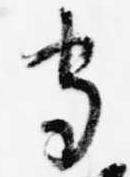
守